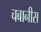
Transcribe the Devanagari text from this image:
चबानीस